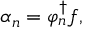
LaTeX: \alpha _ { n } = \varphi _ { n } ^ { \dagger } f ,